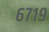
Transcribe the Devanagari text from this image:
६७१९